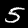
Label: 5